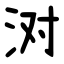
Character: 㳔